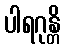
ပါရဂုန္တိ